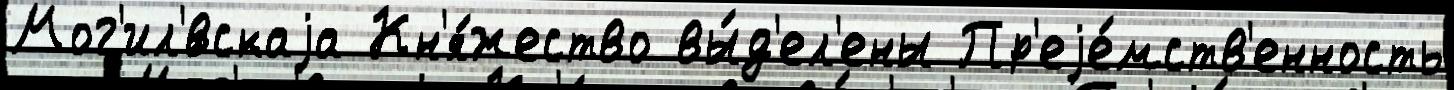
Мог'ил'́вскаjа Кн'я́жество вы́д'ел'ены Пр'еjе́мств'енность